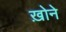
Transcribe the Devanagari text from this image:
ख़ोने